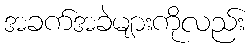
အခက်အခဲများကိုလည်း